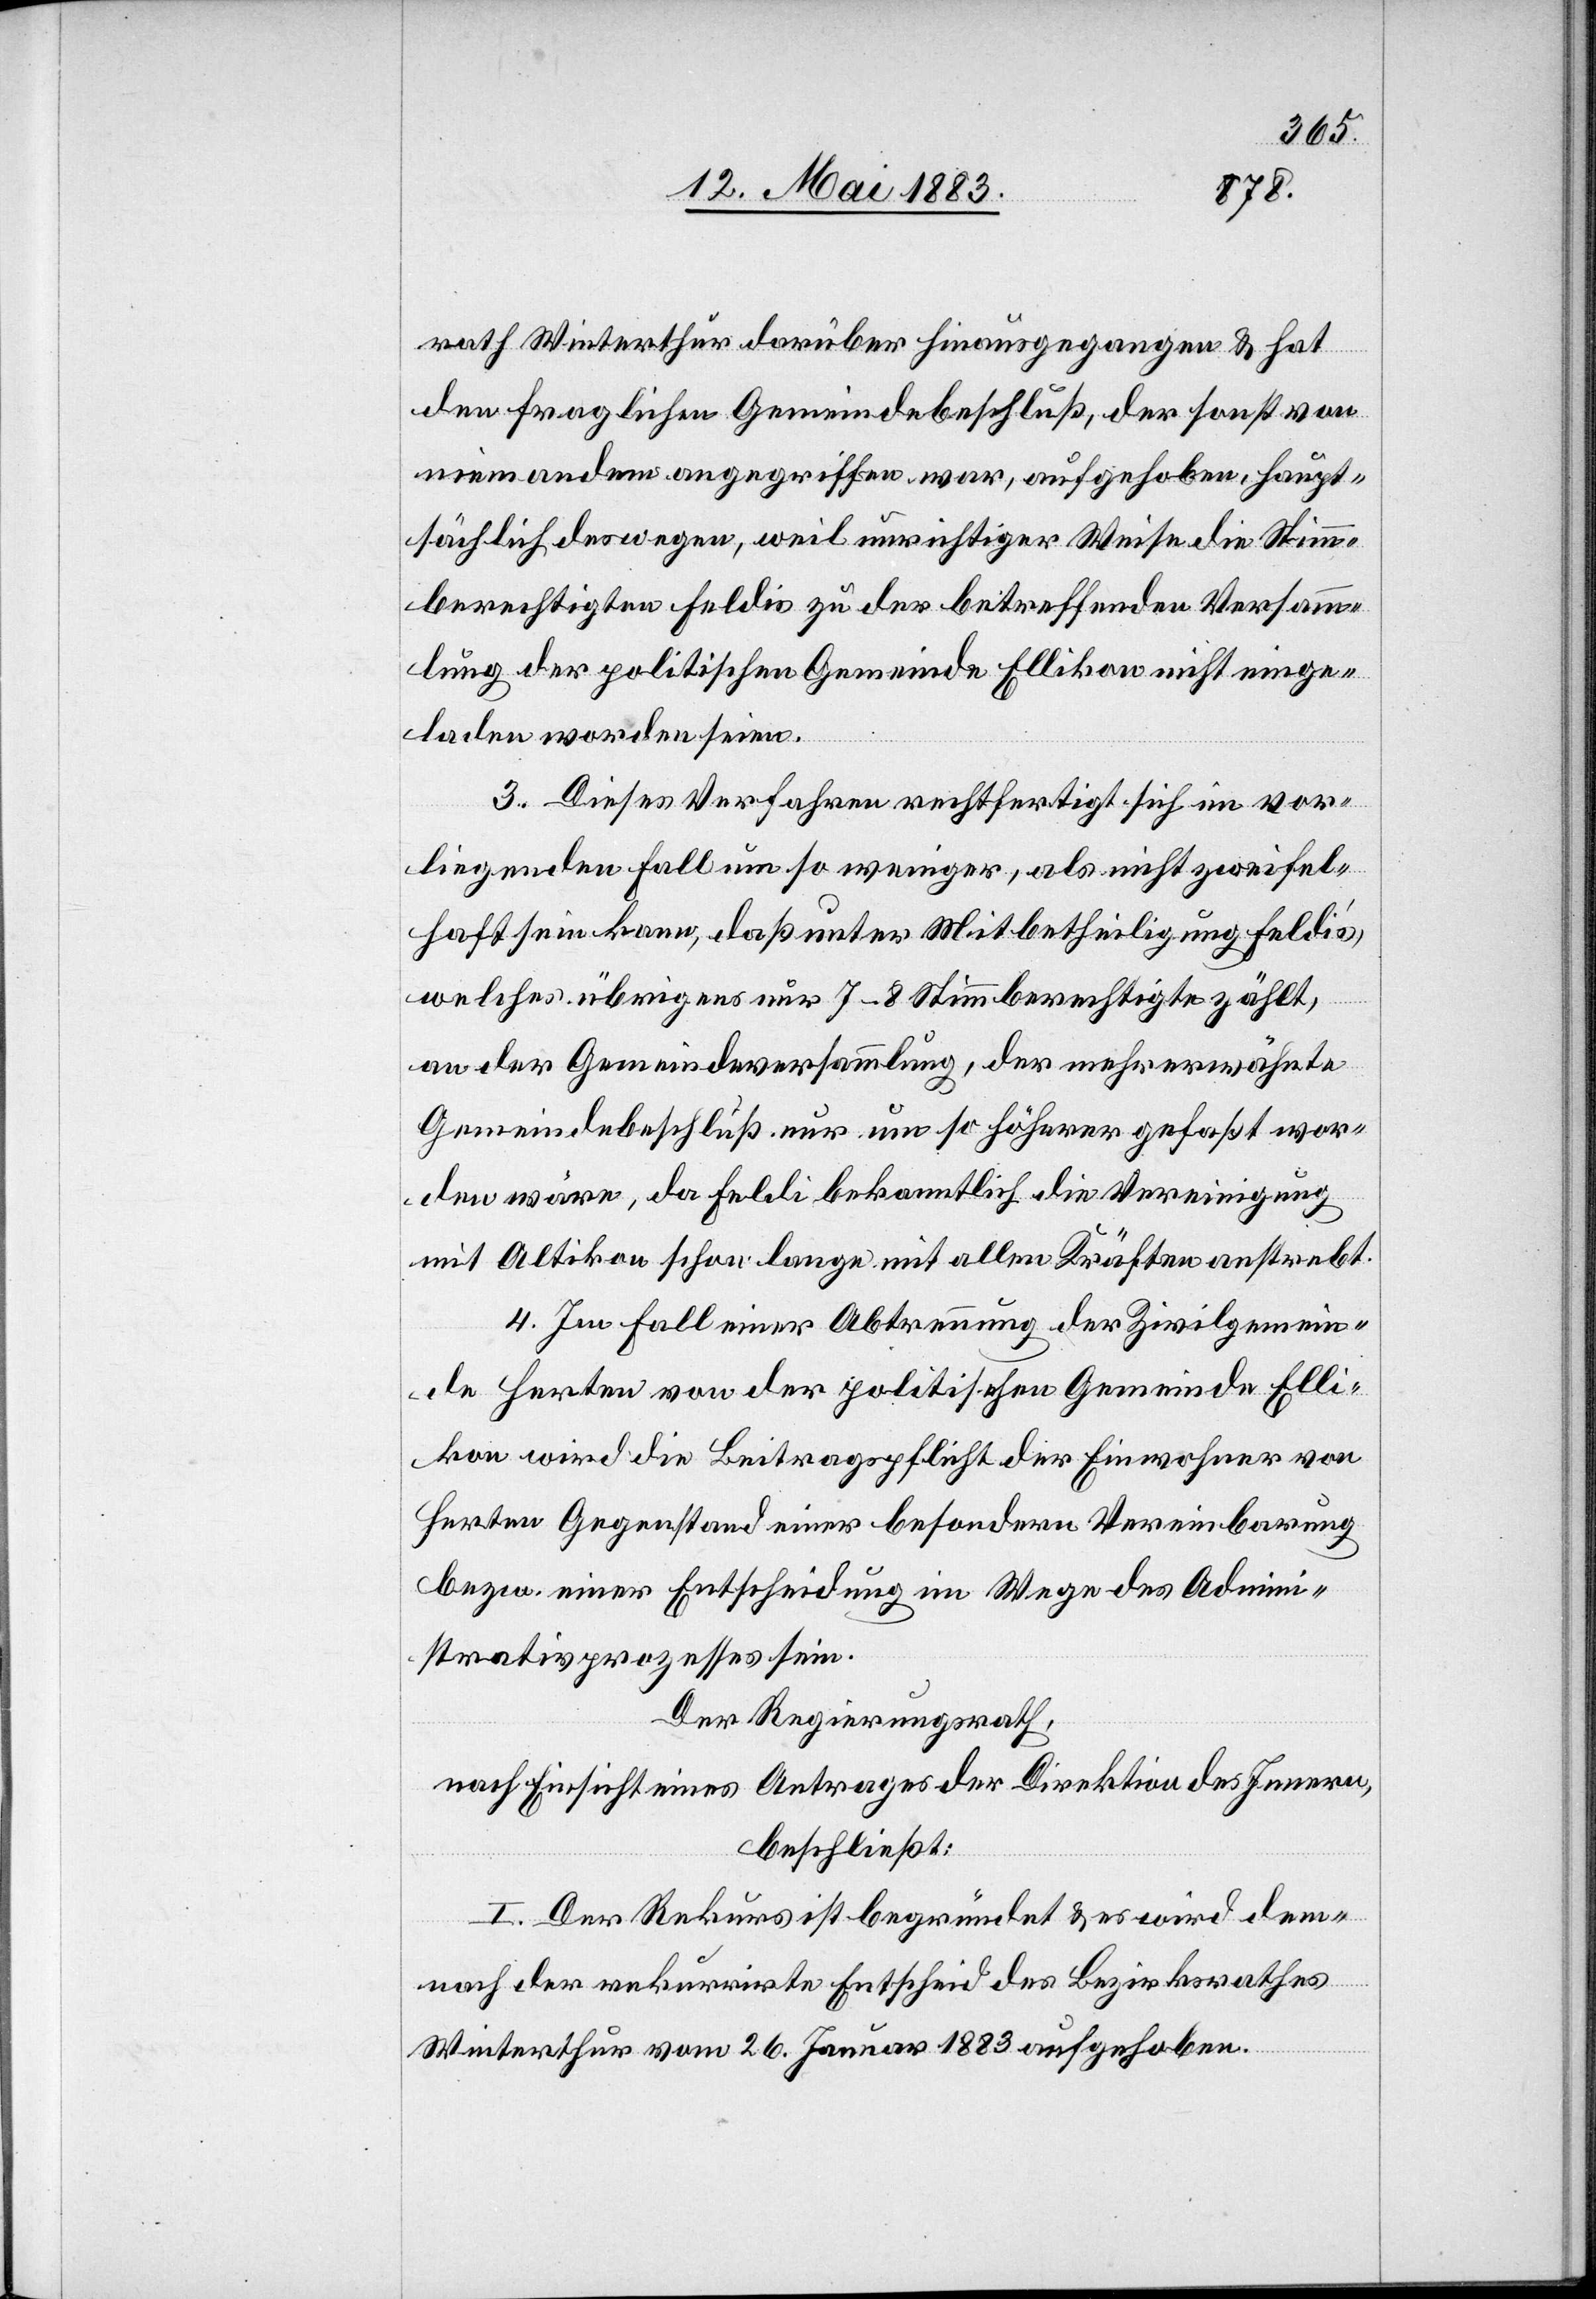
rath Winterthur darüber hinausgegangen & hat
den fraglichen Gemeindebeschluß, der sonst von
niemandem angegriffen war, aufgehoben, haupt¬
sächlich deswegen, weil unrichtiger Weise die Stimm¬
berechtigten Feldis zu der betreffenden Versamm¬
lung der politischen Gemeinde Ellikon nicht einge¬
laden worden seien.
3. Dieses Verfahren rechtfertigt sich im vor¬
liegenden Fall um so weniger, als nicht zweifel¬
haft sein kann, daß unter Mitbetheiligung Feldi’s,
welches übrigens nur 7–8 Stimmberechtigte zählt,
an der Gemeindeversammlung, der mehrerwähnte
Gemeindebeschluß nur um so höherer [sic!] gefaßt wor¬
den wäre, da Feldi bekanntlich die Vereinigung
mit Altikon schon lange mit allen Kräften anstrebt.
4. Im Fall einer Abtrennung der Zivilgemein¬
de Herten von der politischen Gemeinde Elli¬
kon wird die Beitragspflicht der Einwohner von
Herten Gegenstand einer besondern Vereinbarung
bezw. einer Entscheidung im Wege des Admini¬
strativprozesses sein.
Der Regierungsrath,
nach Einsicht eines Antrages der Direktion des Innern,
beschließt:
I. Der Rekurs ist begründet & es wird dem¬
nach der rekurrirte Entscheid des Bezirksrathes
Winterthur vom 26. Januar 1883 aufgehoben.